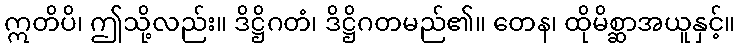
ဣတိပိ၊ ဤသို့လည်း။ ဒိဋ္ဌိဂတံ၊ ဒိဋ္ဌိဂတမည်၏။ တေန၊ ထိုမိစ္ဆာအယူနှင့်။